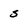
Character: 5